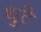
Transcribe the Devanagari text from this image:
थुटे